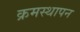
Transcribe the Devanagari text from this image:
क्रमस्थापन